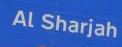
al